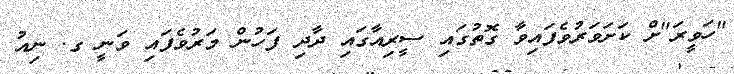
"ހަވީރަ"ށް ކަށަވަރުވެފައިވާ ގޮތުގައި ސީރިއާގައި ދާދި ފަހުން މަރުވެފައި ވަނީ ގ. ނިއު